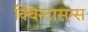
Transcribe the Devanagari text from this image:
क्विन्टासन्स